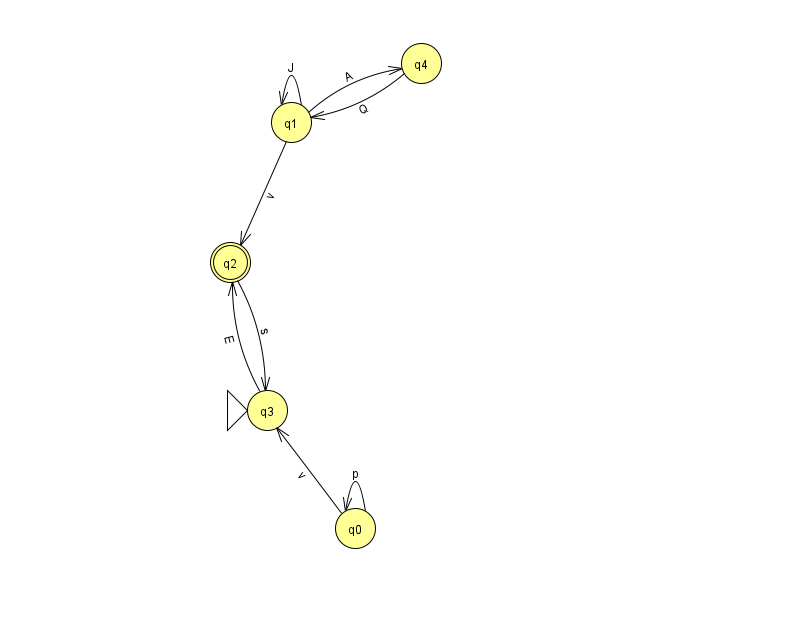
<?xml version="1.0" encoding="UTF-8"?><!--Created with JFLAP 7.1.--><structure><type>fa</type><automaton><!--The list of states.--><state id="0" name="q0"><x>355.0</x><y>515.0</y></state><state id="1" name="q1"><x>291.0</x><y>109.0</y></state><state id="2" name="q2"><x>230.0</x><y>249.0</y><final/></state><state id="3" name="q3"><x>267.0</x><y>397.0</y><initial/></state><state id="4" name="q4"><x>421.0</x><y>50.0</y></state><!--The list of transitions.--><transition><from>0</from><to>0</to><read>p</read></transition><transition><from>0</from><to>3</to><read>v</read></transition><transition><from>1</from><to>2</to><read>v</read></transition><transition><from>2</from><to>3</to><read>s</read></transition><transition><from>1</from><to>1</to><read>J</read></transition><transition><from>3</from><to>2</to><read>E</read></transition><transition><from>1</from><to>4</to><read>A</read></transition><transition><from>4</from><to>1</to><read>Q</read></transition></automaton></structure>